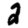
Digit: 2